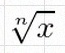
\sqrt[n]{x}